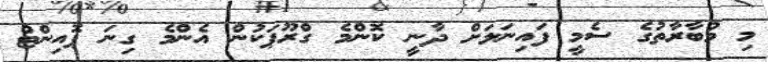
މި މުބާރާތުގެ ސެމީ ފައިނަލަށް ދާނީ ކޮންމެ ގްރޫޕަކުން އެންމެ ގިނަ ޕޮއިންޓް